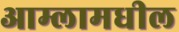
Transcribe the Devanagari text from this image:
आम्लामधील